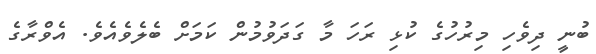
ބުނީ ދިވެހި މިރުހުގެ ކުޅި ރަހަ މާ ގަދަވުމުން ކަމަށް ބެލެވެއެވެ. އެވްރާގެ